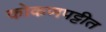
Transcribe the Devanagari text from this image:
कोकणपट्टीत